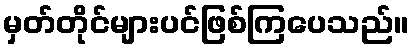
မှတ်တိုင်များပင်ဖြစ်ကြပေသည်။